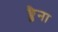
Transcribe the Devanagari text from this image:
छ्छैना